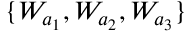
\{ W _ { a _ { 1 } } , W _ { a _ { 2 } } , W _ { a _ { 3 } } \}